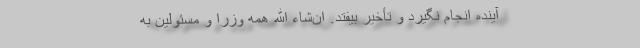
آینده انجام نگیرد و تأخیر بیفتد. ان‌شاء الله همه وزرا و مسئولین به